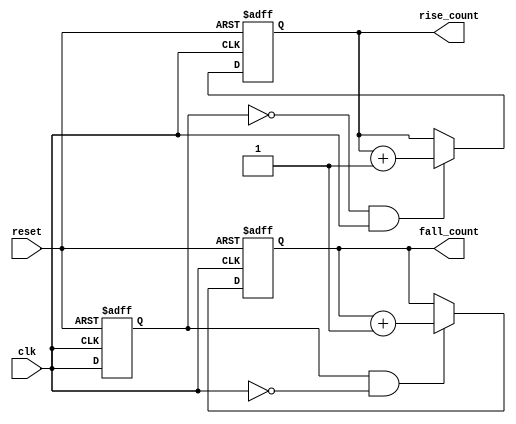
module edge_counter (
    input wire clk,          // Clock input
    input wire reset,        // Asynchronous reset
    output reg [31:0] rise_count, // Rising edge count
    output reg [31:0] fall_count  // Falling edge count
);

    reg clk_prev; // Previous state of the clock

    // Asynchronous reset and edge detection logic
    always @(posedge clk or posedge reset) begin
        if (reset) begin
            // Reset counts and previous clock state
            rise_count <= 32'b0;
            fall_count <= 32'b0;
            clk_prev <= 1'b0; // Initialize previous clock state
        end else begin
            // Edge detection logic
            if (clk_prev == 1'b0 && clk == 1'b1) begin
                // Rising edge detected
                rise_count <= rise_count + 1;
            end
            if (clk_prev == 1'b1 && clk == 1'b0) begin
                // Falling edge detected
                fall_count <= fall_count + 1;
            end
            // Update previous clock state
            clk_prev <= clk;
        end
    end

endmodule